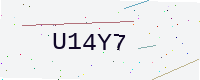
Text: U14Y7